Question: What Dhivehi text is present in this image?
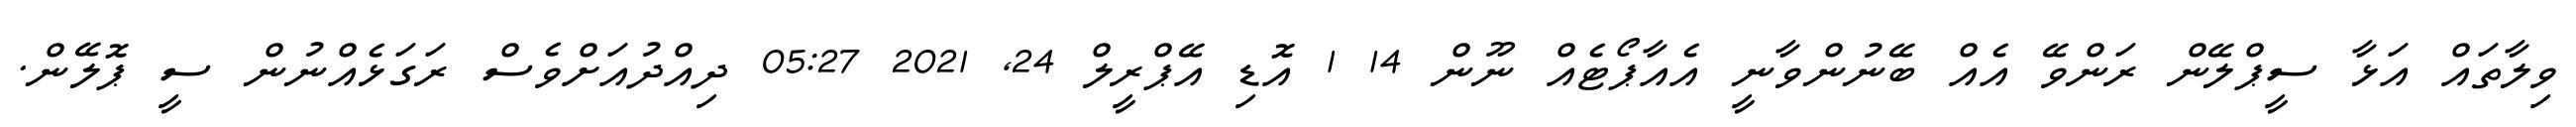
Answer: ވިލާތައް އަޅާ ސީޕްލޭން ރަންވޭ އެއް ބޭނުންވާނީ އެއާޕޯޓެއް ނޫން 14 1 އޮޑި އޭޕްރީލް 24, 2021 05:27 ދިއްދުއަށްވެސް ރަގަޅެއްނުން ސީ ޕޮލޭން.